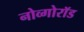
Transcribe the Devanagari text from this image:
नोव्गोरॉड